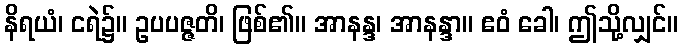
နိရယံ၊ ငရဲ၌။ ဥပပဇ္ဇတိ၊ ဖြစ်၏။ အာနန္ဒ၊ အာနန္ဒာ။ ဧဝံ ခေါ၊ ဤသို့လျှင်။